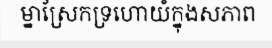
ម្នាស្រែកទ្រហោយំក្នុងសភាព